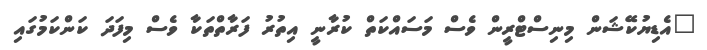
"އެޑިޔުކޭޝަން މިނިސްޓްރީން ވެސް މަސައްކަތް ކުރާނީ އިތުރު ފަރާތްތަކާ ވެސް މިފަދަ ކަންކަމުގައި